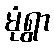
မုံရွာ